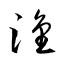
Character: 淦